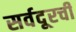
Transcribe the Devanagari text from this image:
सर्वदूरची